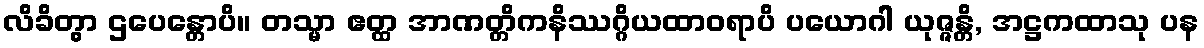
လိခိတွာ ဌပေန္တောပိ။ တသ္မာ ဧတ္ထ အာဏတ္တိကနိဿဂ္ဂိယထာဝရာပိ ပယောဂါ ယုဇ္ဇန္တိ, အဋ္ဌကထာသု ပန